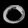
Digit: ၀